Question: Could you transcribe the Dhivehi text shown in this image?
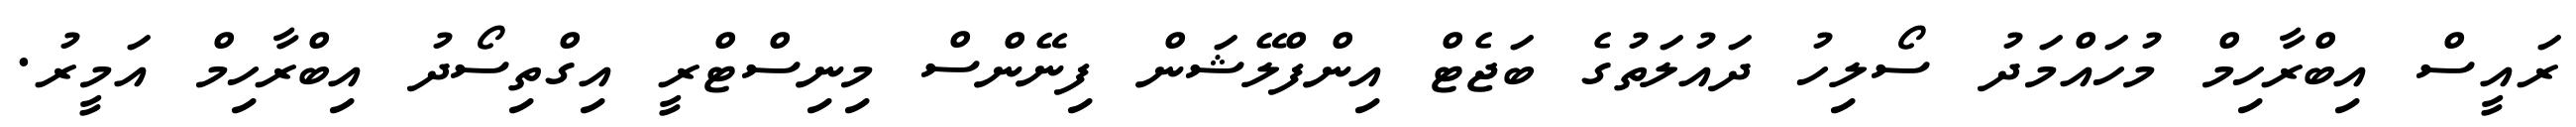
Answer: ރައީސް އިބްރާހިމް މުހައްމަދު ސޯލިހު ދައުލަތުގެ ބަޖެޓް އިންފްލޭޝަން ފިނޭންސް މިނިސްޓްރީ އިގްތިސޯދު އިބްރާހިމް އަމީރު.